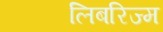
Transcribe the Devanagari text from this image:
लिबरिज्म